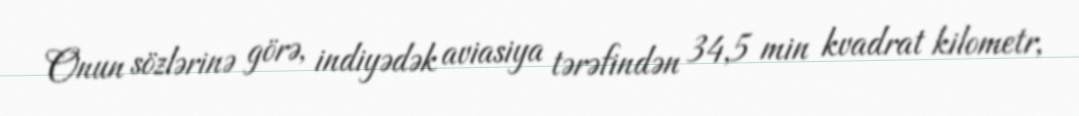
Onun sözlərinə görə, indiyədək aviasiya tərəfindən 34,5 min kvadrat kilometr,